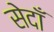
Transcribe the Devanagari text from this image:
सेदाँ